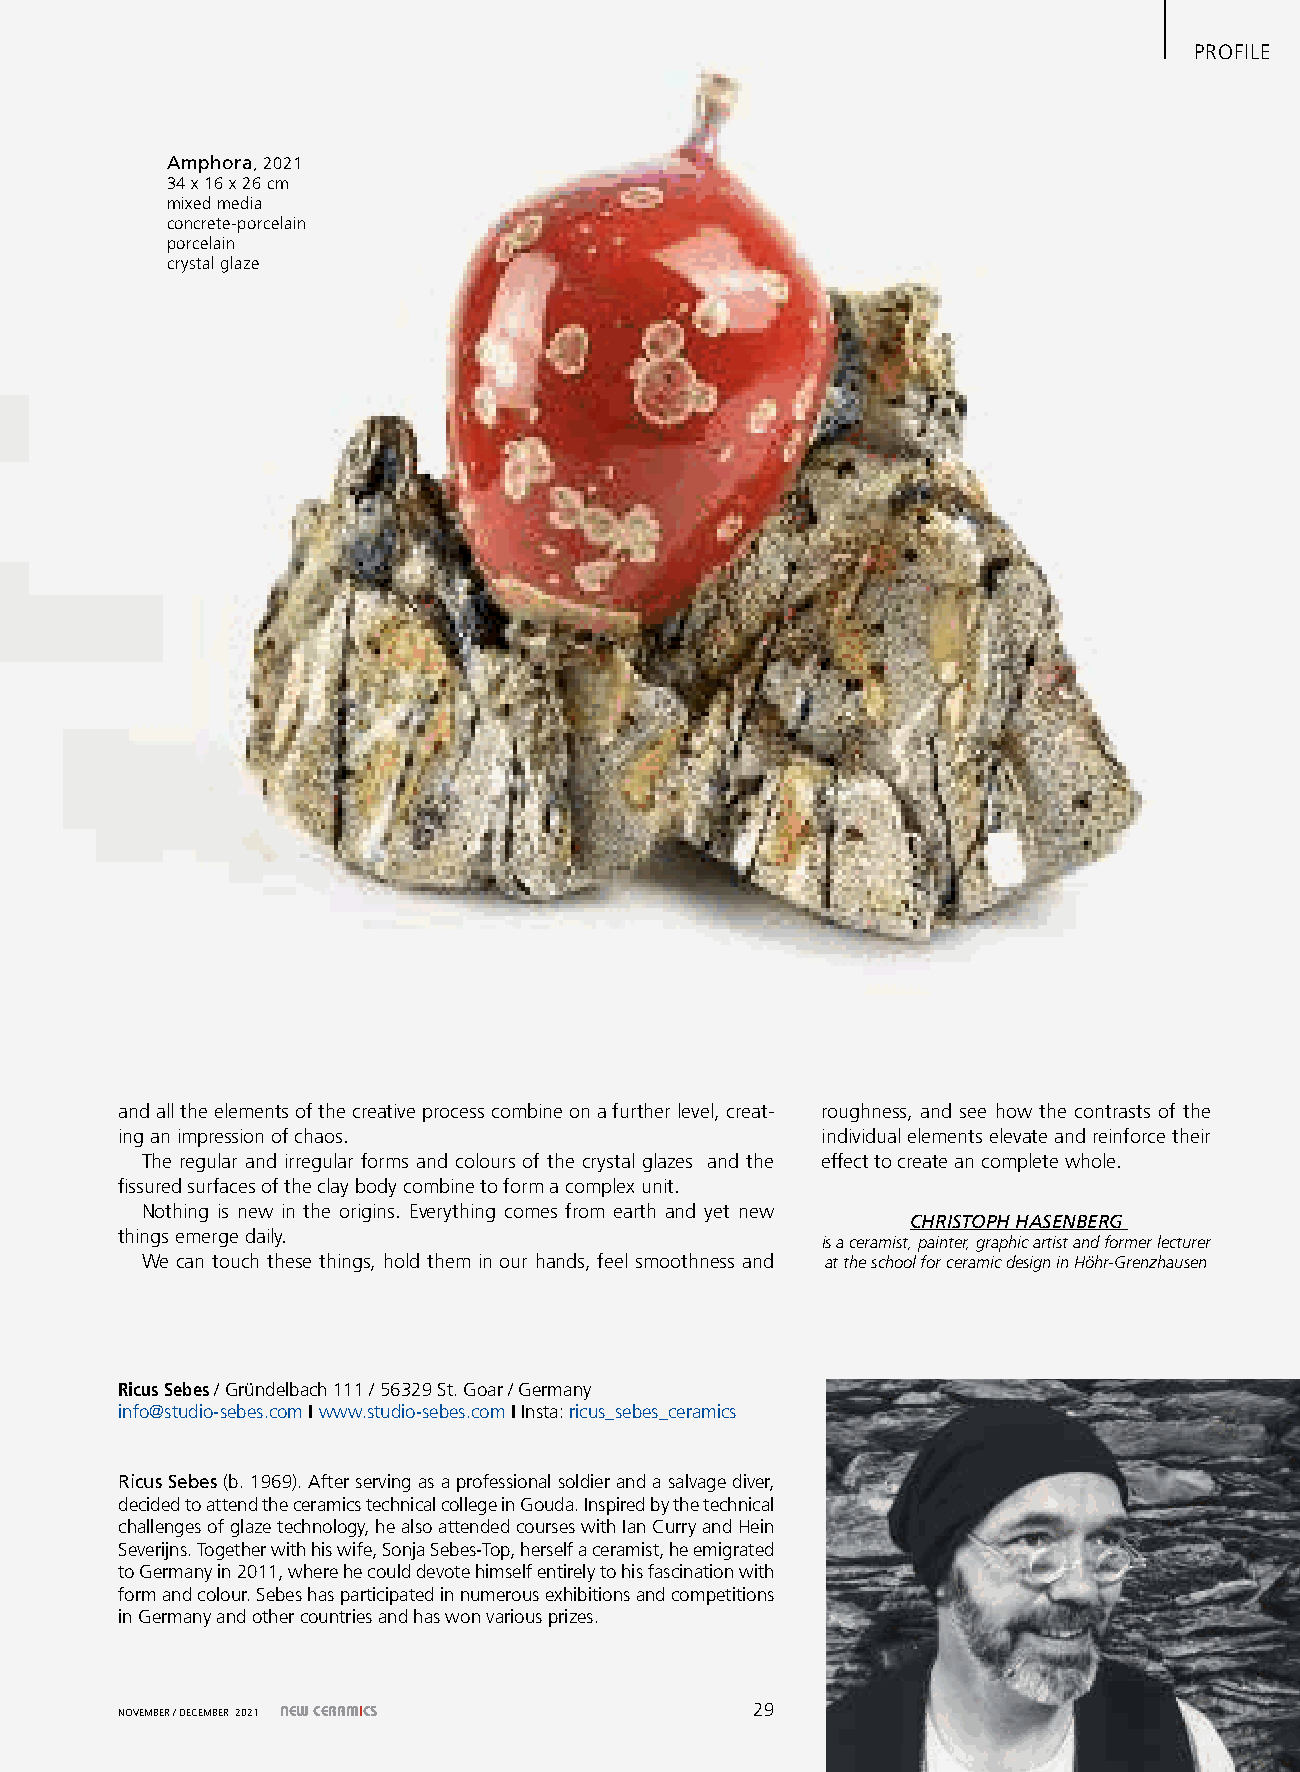
pPrrooFfIillee
 Amphora, 2021
 34 x 16 x 26 cm
 mixed media
 concrete-porcelain
 porcelain
 crystal glaze
 and all the elements of the creative process combine on a further level, creat- roughness, and see how the contrasts of the
 ing an impression of chaos.                   individual elements elevate and reinforce their
 The regular and irregular forms and colours of the crystal glazes and the effect to create an complete whole.
 fissured surfaces of the clay body combine to form a complex unit.
 Nothing is new in the origins. everything comes from earth and yet new
 ChrIstoph hAsenberg
 things emerge daily.
 is a ceramist, painter, graphic artist and former lecturer
 We can touch these things, hold them in our hands, feel smoothness and at the school for ceramic design in Höhr-Grenzhausen
 Ricus Sebes / Gründelbach 111 / 56329 St. Goar / Germany
 info@studio-sebes.com I www.studio-sebes.com I Insta: ricus_sebes_ceramics
 Ricus Sebes (b. 1969). After serving as a professional soldier and a salvage diver,
 decided to attend the ceramics technical college in Gouda. Inspired by the technical
 challenges of glaze technology, he also attended courses with Ian Curry and hein
 Severijns. Together with his wife, Sonja Sebes-Top, herself a ceramist, he emigrated
 to Germany in 2011, where he could devote himself entirely to his fascination with
 form and colour. Sebes has participated in numerous exhibitions and competitions
 in Germany and other countries and has won various prizes.
 November / DeCember 2021 NEW CERAMICS    29